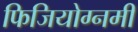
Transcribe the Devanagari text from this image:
फिजियोग्नमी